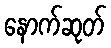
နောက်ဆုတ်